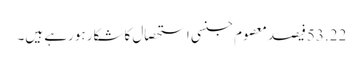
53.22فیصد معصوم جنسی استحصال کاشکار ہورہے ہیں۔